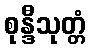
စုန္ဒီသုတ္တံ